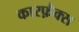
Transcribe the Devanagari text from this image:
कारफ़ैक्स